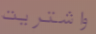
واشتريت